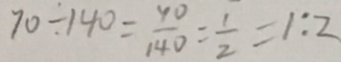
7 0 \div 1 4 0 = \frac { 4 0 } { 1 4 0 } = \frac { 1 } { 2 } = 1 : 2